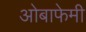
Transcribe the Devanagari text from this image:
ओबाफेमी